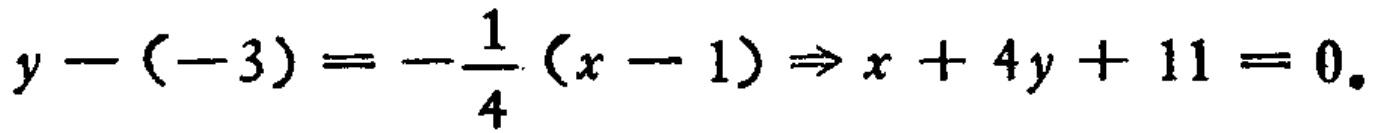
$y-(-3)=-\frac{1}{4}(x - 1)\Rightarrow x + 4y+11 = 0.$